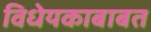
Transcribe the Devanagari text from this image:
विधेयकाबाबत